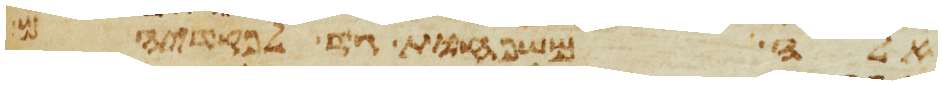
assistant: אלה משפחות גד לפקדיהם